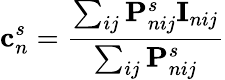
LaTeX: \mathbf{c}_{n}^{s}=\frac{\sum_{ij}\mathbf{P}_{nij}^{s}\mathbf{I}_{nij}}{\sum_{ij}\mathbf{P}_{nij}^{s}}